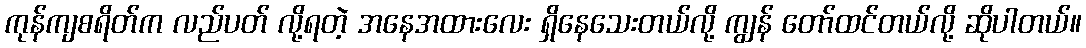
ကုန်ကျစရိတ်က လည်ပတ် လို့ရတဲ့ အနေအထားလေး ရှိနေသေးတယ်လို့ ကျွန် တော်ထင်တယ်လို့ ဆိုပါတယ်။